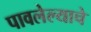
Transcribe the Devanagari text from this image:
पावलेल्याचे